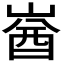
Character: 𡺚